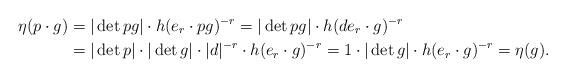
LaTeX: \begin{align*} \eta(p\cdot g)&=|\det pg| \cdot h(e_r\cdot pg)^{-r}= |\det pg|\cdot h(de_r\cdot g)^{-r}\\&= |\det p|\cdot |\det g|\cdot |d|^{-r}\cdot h(e_r\cdot g)^{-r} = 1\cdot |\det g|\cdot h(e_r\cdot g)^{-r} = \eta (g).\end{align*}